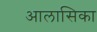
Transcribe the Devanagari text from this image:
आलासिका